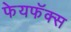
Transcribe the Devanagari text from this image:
फेयफॅक्स